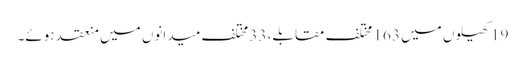
19 کھیلوں میں 163 مختلف مقابلے، 33 مختلف میدانوں میں منعقد ہوئے۔